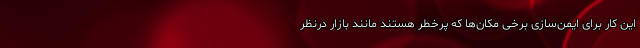
این کار برای ایمن‌سازی برخی مکان‌ها که پرخطر هستند مانند بازار درنظر